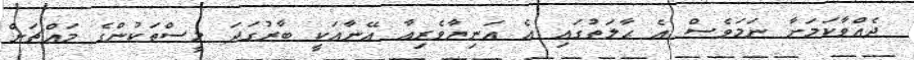
ދެއްވާކަމަށާ ނަމަވެސް އެ ޙާލަތުގައި އެ އަނިޔާވެރިއާ އޭނާއަކީ ބާރުގަދަ މީސްތަކުންގެ މައްޗަށް